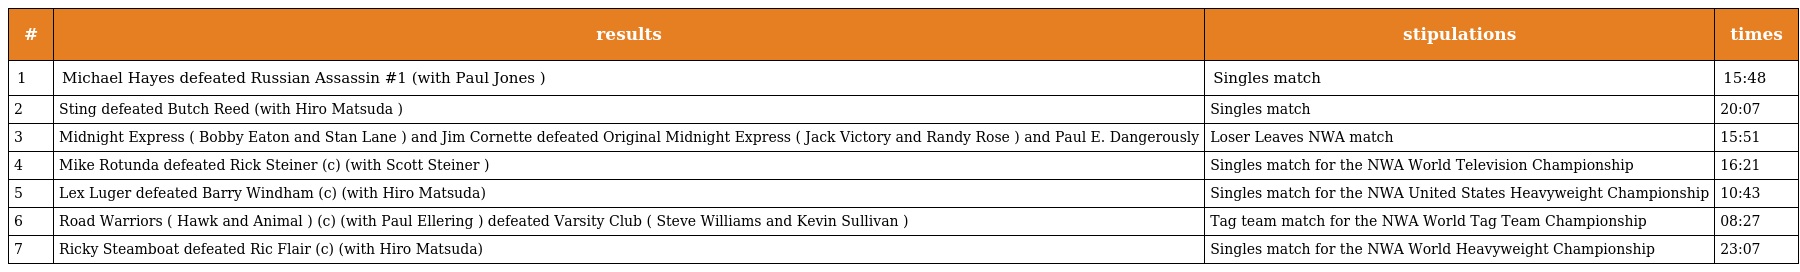
| # | results | stipulations | times |
 | --- | --- | --- | --- |
 | 1 | Michael Hayes defeated Russian Assassin #1 (with Paul Jones ) | Singles match | 15:48 |
 | 2 | Sting defeated Butch Reed (with Hiro Matsuda ) | Singles match | 20:07 |
 | 3 | Midnight Express ( Bobby Eaton and Stan Lane ) and Jim Cornette defeated Original Midnight Express ( Jack Victory and Randy Rose ) and Paul E. Dangerously | Loser Leaves NWA match | 15:51 |
 | 4 | Mike Rotunda defeated Rick Steiner (c) (with Scott Steiner ) | Singles match for the NWA World Television Championship | 16:21 |
 | 5 | Lex Luger defeated Barry Windham (c) (with Hiro Matsuda) | Singles match for the NWA United States Heavyweight Championship | 10:43 |
 | 6 | Road Warriors ( Hawk and Animal ) (c) (with Paul Ellering ) defeated Varsity Club ( Steve Williams and Kevin Sullivan ) | Tag team match for the NWA World Tag Team Championship | 08:27 |
 | 7 | Ricky Steamboat defeated Ric Flair (c) (with Hiro Matsuda) | Singles match for the NWA World Heavyweight Championship | 23:07 |